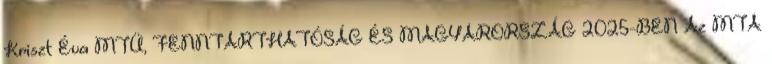
Kriszt Éva MTÜ, FENNTARTHATÓSÁG ÉS MAGYARORSZÁG 2025-BEN Az MTA